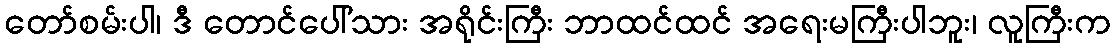
တော်စမ်းပါ၊ ဒီ တောင်ပေါ်သား အရိုင်းကြီး ဘာထင်ထင် အရေးမကြီးပါဘူး၊ လူကြီးက